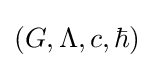
(G,\Lambda ,c,\hbar )